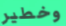
وخطير